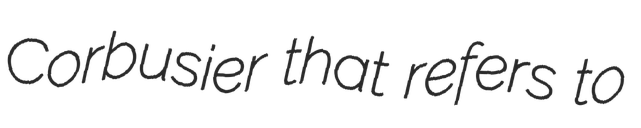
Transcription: Corbusier that refers to